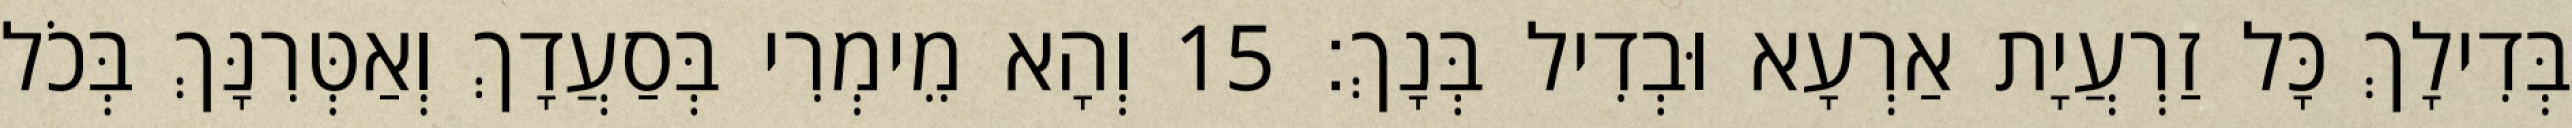
בְּדִילָךְ כָּל זַרְעֲיָת אַרְעָא וּבְדִיל בְּנָךְ׃ 15 וְהָא מֵימְרִי בְּסַעֲדָךְ וְאַטְּרִנָּךְ בְּכֹל